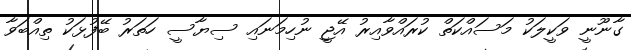
ގާނޫނީ ވަކީލަކު މަސައްކަތް ކުރައްވާއިރު އޭޖީ ނުހިމަނައި ސިޔާސީ ހަތަރު ބޭފުޅަކު ތިއްބަވާ